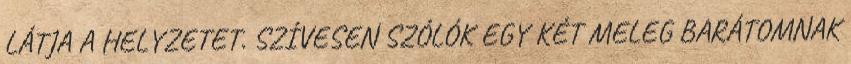
LÁTJA A HELYZETET. SZÍVESEN SZÓLÓK EGY KÉT MELEG BARÁTOMNAK